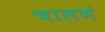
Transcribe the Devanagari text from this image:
चालणं